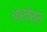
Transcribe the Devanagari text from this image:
आर्तेस्स